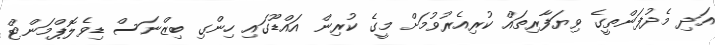
އަދި މެދުފަންތީގެ ވިޔަފާރިތައް ކުރިއެރުވުމަށް މީގެ ކުރިން އައްޑޫގައި ހިންގި ބިޒްނަސް ޑިވެލޮޕްމަންޓް